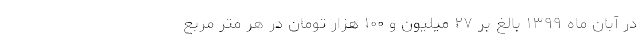
در آبان ماه ۱۳۹۹ بالغ بر ۲۷ میلیون و ۱۰۰ هزار تومان در هر متر مربع